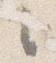
之